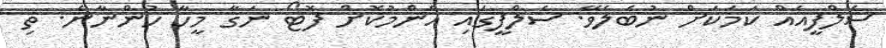
ސެލްފީއެއް ކަމަކަށް ނުބެލެވޭ. ސެލްފީގައި އާންމުކޮށް ފޮޓޯ ނަގާ މީހާ ހުންނާނެ. ތި